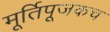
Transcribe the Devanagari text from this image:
मूर्तिपूजकच